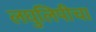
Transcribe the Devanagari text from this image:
लघुलिपीचा